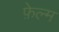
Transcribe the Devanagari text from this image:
फ़ेल्म